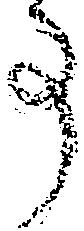
事